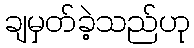
ချမှတ်ခဲ့သည်ဟု